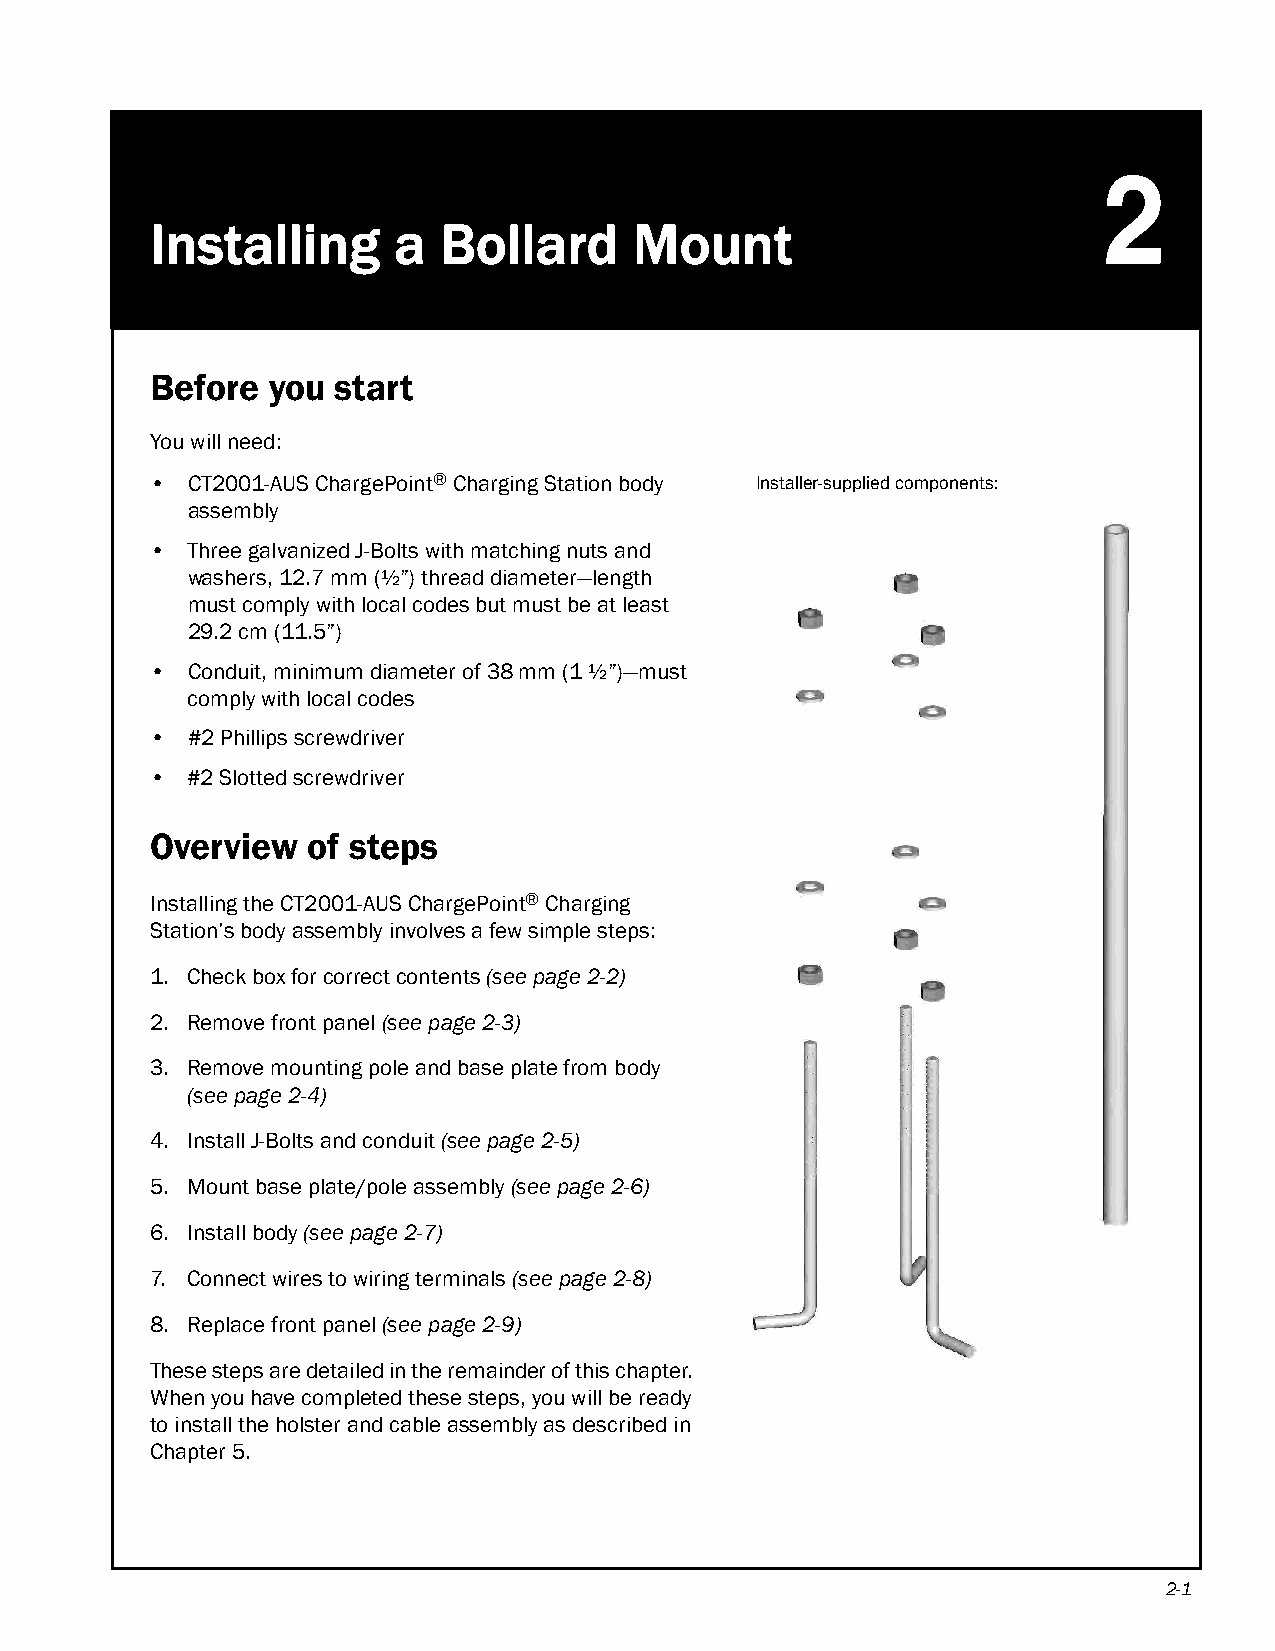
2
 Installing      a  Bollard      Mount
 Before  you start
 You will need:
 • CT2001-AUS ChargePoint® Charging Station body Installer-supplied components:
 assembly
 • Three galvanized J-Bolts with matching nuts and
 washers, 12.7 mm (½”) thread diameter—length
 must comply with local codes but must be at least
 29.2cm (11.5”)
 • Conduit, minimum diameter of 38 mm (1 ½”)—must
 comply with local codes
 • #2 Phillips screwdriver
 • #2 Slotted screwdriver
 Overview  of steps
 Installing the CT2001-AUS ChargePoint® Charging
 Station’s body assembly involves a few simple steps:
 1. Check box for correct contents (see page2-2)
 2. Remove front panel (see page2-3)
 3. Remove mounting pole and base plate from body
 (see page2-4)
 4. Install J-Bolts and conduit (see page2-5)
 5. Mount base plate/pole assembly (see page2-6)
 6. Install body (see page2-7)
 7. Connect wires to wiring terminals (see page2-8)
 8. Replace front panel (see page2-9)
 These steps are detailed in the remainder of this chapter.
 When you have completed these steps, you will be ready
 to install the holster and cable assembly as described in
 Chapter 5.
 2-1